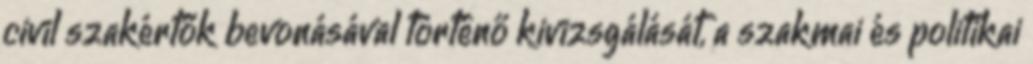
civil szakértők bevonásával történő kivizsgálását, a szakmai és politikai